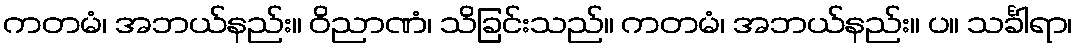
ကတမံ၊ အဘယ်နည်း။ ဝိညာဏံ၊ သိခြင်းသည်။ ကတမံ၊ အဘယ်နည်း။ ပ။ သင်္ခါရာ၊